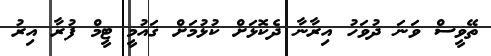
ތޭވީސް ވަނަ ދުވަހު އިރާނާ ދެކޮޅަށް ކުޅުމަށް ޤައުމީ ޓީމް ފުރާ އިރު